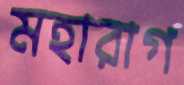
মহারাগ